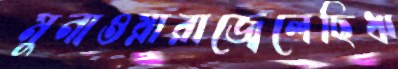
মুনাওয়ারাজ্বেলেছিঋ